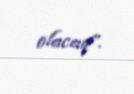
olacaq”.